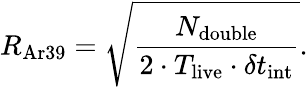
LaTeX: R_{\mathrm{Ar39}}=\sqrt{\frac{N_{\mathrm{double}}}{2\cdot T_{\mathrm{live}}\cdot\delta t_{\mathrm{int}}}}.